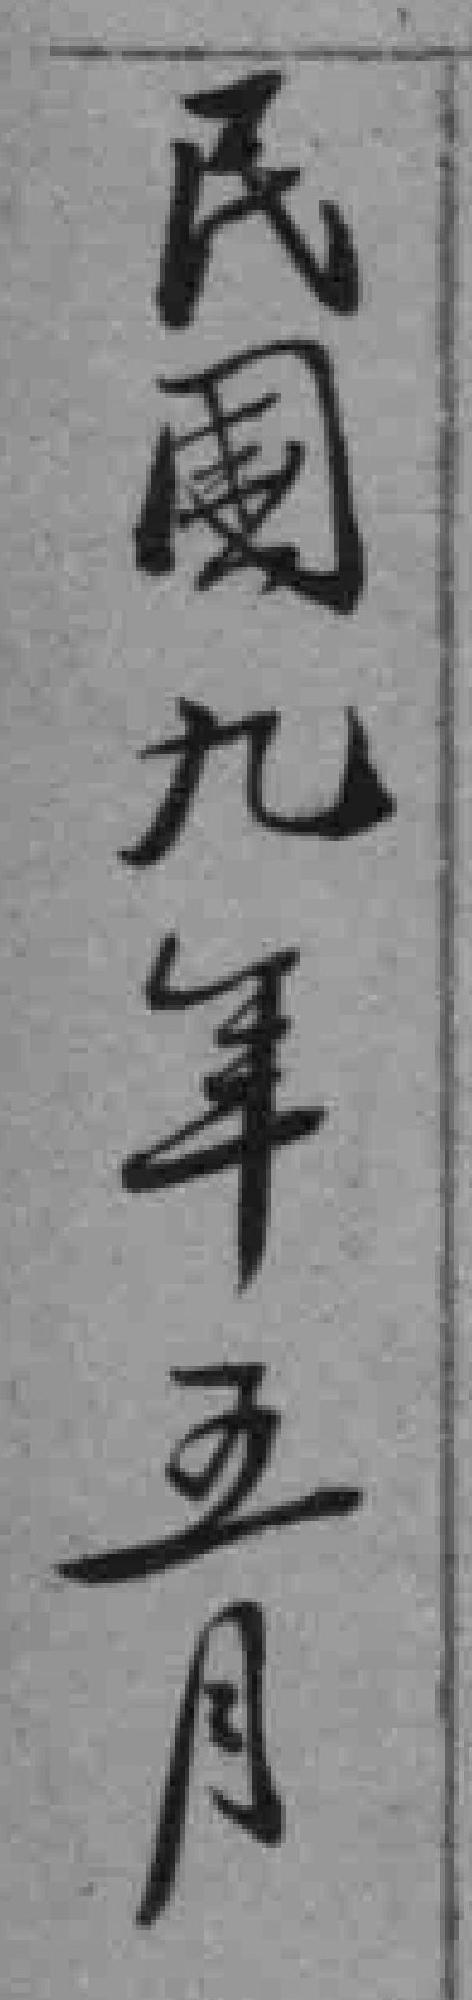
民國九年五月